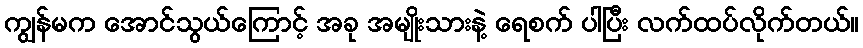
ကျွန်မက အောင်သွယ်ကြောင့် အခု အမျိုးသားနဲ့ ရေစက် ပါပြီး လက်ထပ်လိုက်တယ်။